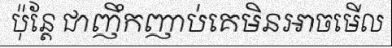
ប៉ុន្តែ ជាញឹកញាប់គេមិនអាចមើល